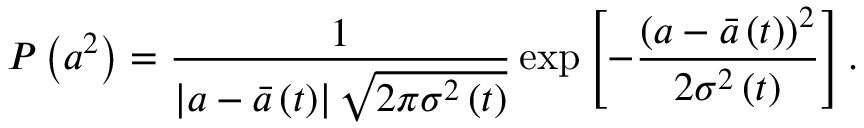
P \left( a ^ { 2 } \right) = \frac { 1 } { \left| a - \bar { a } \left( t \right) \right| \sqrt { 2 \pi \sigma ^ { 2 } \left( t \right) } } \exp \left[ - \frac { \left( a - \bar { a } \left( t \right) \right) ^ { 2 } } { 2 \sigma ^ { 2 } \left( t \right) } \right] .